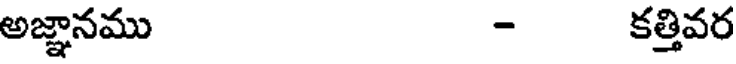
అజ్ఞానము - కత్తివర